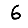
Digit: 6